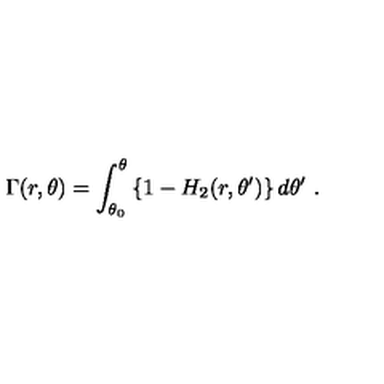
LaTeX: \Gamma ( r , \theta ) = \int _ { \theta _ { 0 } } ^ { \theta } \left\{ 1 - H _ { 2 } ( r , \theta ^ { \prime } ) \right\} d \theta ^ { \prime } \ .